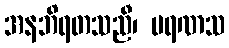
အနဘိရတသညီ၊ မရဏသ